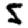
Digit: 5